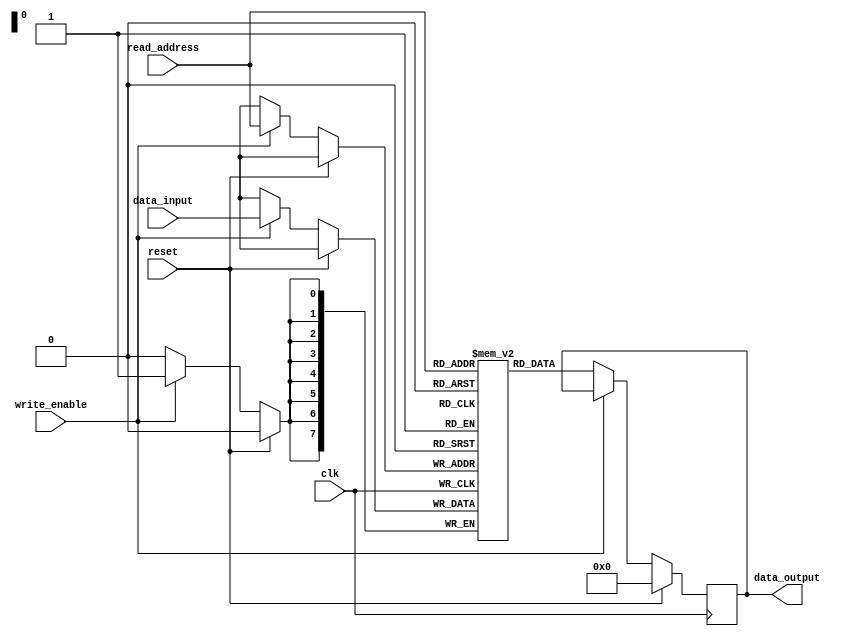
module NVRAM (
    input wire clk,
    input wire reset,
    input wire write_enable,
    input wire [7:0] data_input,
    input wire [7:0] read_address,
    output reg [7:0] data_output
);

// Memory storage elements
reg [7:0] memory [0:255];

// Control logic
always @(posedge clk) begin
    if (reset) begin
        data_output <= 8'h00; // Initialize output data
    end else if (write_enable) begin
        memory[read_address] <= data_input; // Write data to memory
    end else begin
        data_output <= memory[read_address]; // Read data from memory
    end
end

endmodule